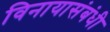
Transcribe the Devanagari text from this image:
विनायासंबंधी